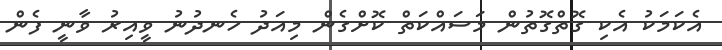
އެކަމަކު އެކި ގޮތްގޮތުން މަސައްކަތް ކޮށްގެން މިއަދު ހެނދުނު ވީއިރު ވާނީ ފެން